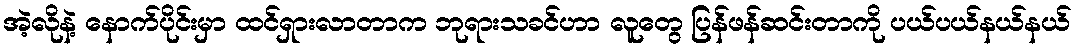
အဲ့လိုနဲ့ နောက်ပိုင်းမှာ ထင်ရှားလာတာက ဘုရားသခင်ဟာ လူတွေ ပြန်ဖန်ဆင်းတာကို ပယ်ပယ်နယ်နယ်